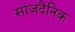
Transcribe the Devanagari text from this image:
सांजदैनिक